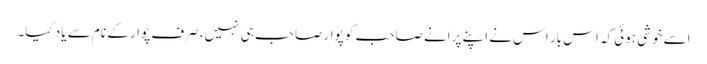
اسے خوشی ہوئی کہ اس بار اس نے اپنے پرانے صاحب کو پوار صاحب ہی نہیں، صرف پوار کے نام سے یاد کیا۔